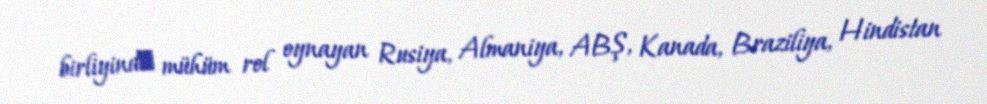
birliyindә mühüm rol oynayan Rusiya, Almaniya, ABŞ, Kanada, Braziliya, Hindistan